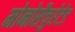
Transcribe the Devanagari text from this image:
मोनोसैचुरेटेड